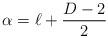
LaTeX: \begin{align*}\alpha=\ell+\frac{D-2}{2}\end{align*}